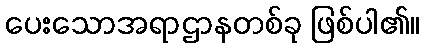
ပေးသောအရာဌာနတစ်ခု ဖြစ်ပါ၏။